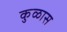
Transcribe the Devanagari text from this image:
कुळास